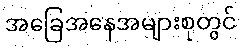
အခြေအနေအများစုတွင်